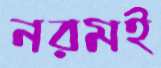
নরমই